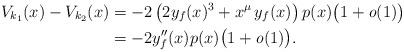
LaTeX: \begin{align*} V_{k_1}(x)-V_{k_2}(x)&=-2\left(2y_f(x)^3+x^\mu\,y_f(x)\right)p(x)\bigl(1+\textit{o}(1)\bigr)\\ &=-2y_f''(x)p(x)\bigl(1+\textit{o}(1)\bigr). \end{align*}